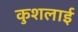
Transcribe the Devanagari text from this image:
कुशलाई